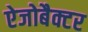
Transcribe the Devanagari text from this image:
ऐजोबैक्टर